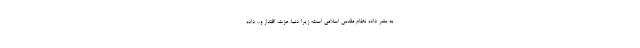
به بشر داده نظام مقدس اسلامی است؛ زیرا دنیا، عزت، اقتدار و... داده